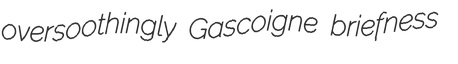
oversoothingly Gascoigne briefness